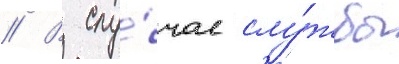
// В слу́чае слу́жбы